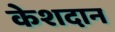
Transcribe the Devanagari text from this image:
केशदान